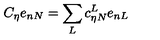
C _ { \eta } e _ { n N } = \sum _ { L } c _ { \eta N } ^ { L } e _ { n L }